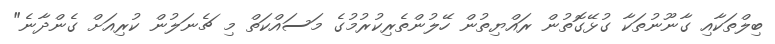
ބިލްތަކާއި ގާނޫނުތަކާ ގުޅޭގޮތުން ރައްޔިތުން ހޭލުންތެރިކުރުމުގެ މަސައްކަތް މި ޗެނަލުން ކުރިއަށް ގެންދާނެ"